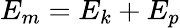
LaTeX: E_{m}=E_{k}+E_{p}